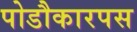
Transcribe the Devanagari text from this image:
पोडौकारपस